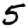
Digit: 5